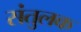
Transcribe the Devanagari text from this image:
संतुलक